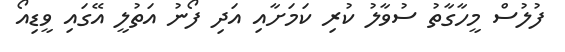
ފުލުސް މީހާގާތު ސުވާލު ކުރި ކަމަށާއި އަދި ފޯނު އަތުލީ އޭގައި ވީޑިއޯ